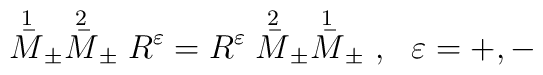
\stackrel{1}{\bar M}_\pm\stackrel{2}{\bar M}_\pm R^\varepsilon =R^\varepsilon\stackrel{2}{\bar M}_\pm\stackrel{1}{\bar M}_\pm\ ,\ \ \varepsilon = + , -\\